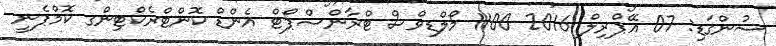
ސުންގަޑި: 07 އޭޕްރިލް 2016 1100 މޯލްޑިވްސް ޓްރާންސްޕޯޓް އެންޑް ކޮންޓްރެކްޓިންގ ކޮމްޕެނީ